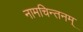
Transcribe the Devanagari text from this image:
नामचिन्तनम्